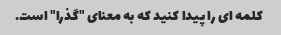
کلمه ای را پیدا کنید که به معنای "گذرا" است.